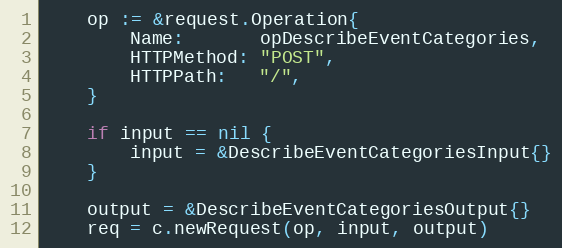
Language: Go
	op := &request.Operation{
		Name:       opDescribeEventCategories,
		HTTPMethod: "POST",
		HTTPPath:   "/",
	}

	if input == nil {
		input = &DescribeEventCategoriesInput{}
	}

	output = &DescribeEventCategoriesOutput{}
	req = c.newRequest(op, input, output)